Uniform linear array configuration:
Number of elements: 48
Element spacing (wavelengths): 0.5
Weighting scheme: binomial
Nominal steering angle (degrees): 60
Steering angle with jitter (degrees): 59.657
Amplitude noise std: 0.05
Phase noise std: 0.05

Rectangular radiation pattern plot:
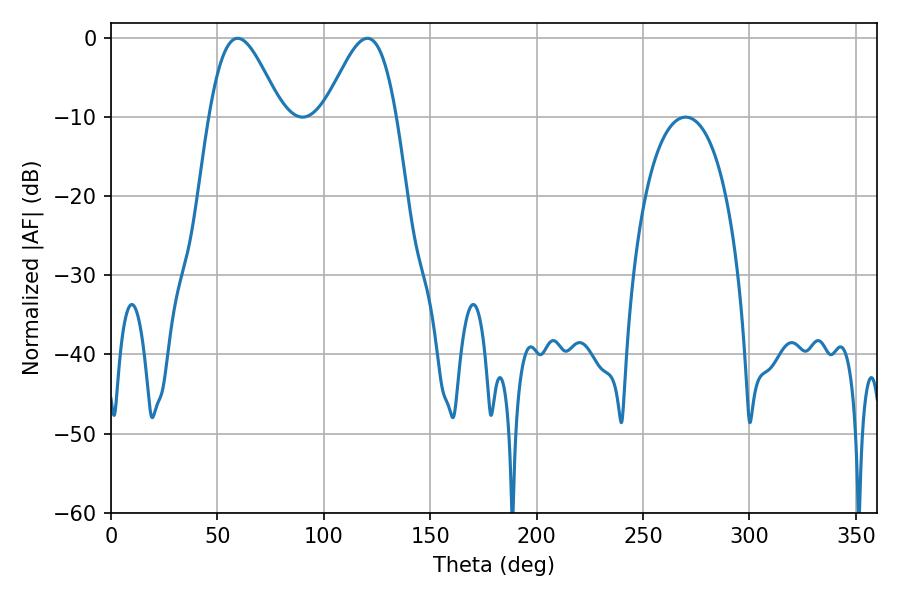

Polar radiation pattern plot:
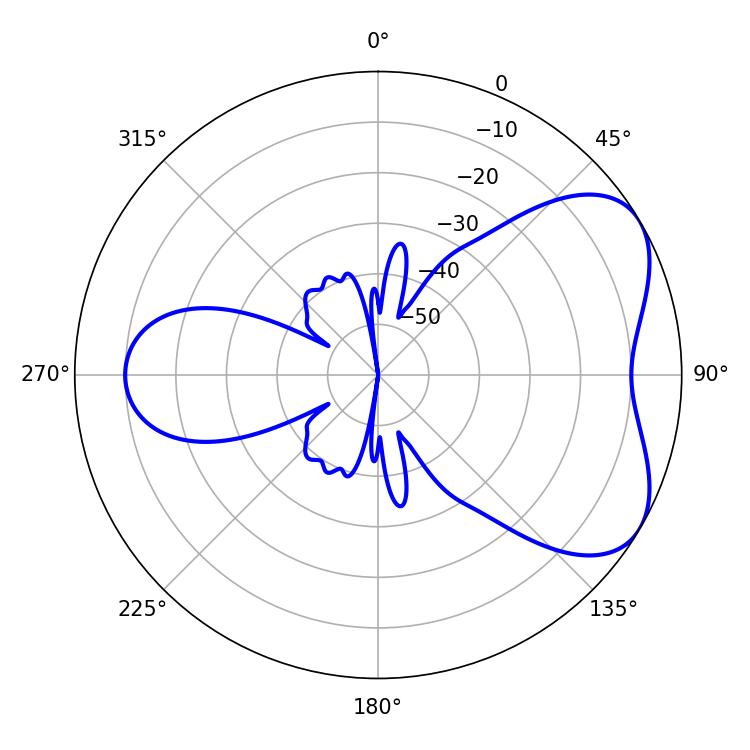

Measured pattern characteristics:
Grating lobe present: FALSE
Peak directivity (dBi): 5.274
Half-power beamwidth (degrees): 18
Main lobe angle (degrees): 59.58